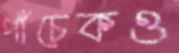
পাঁচেকও